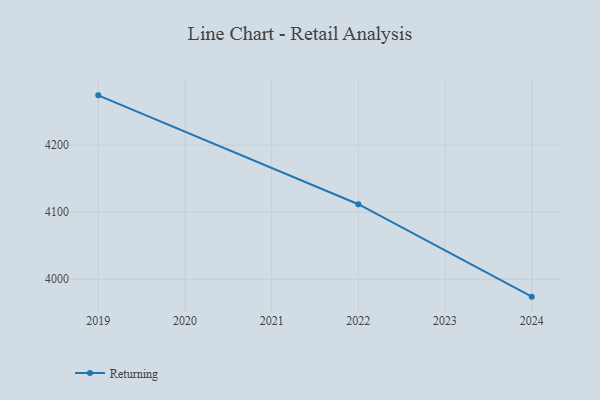
{"axis": {"x": "Year", "y": "LTV (USD)"}, "legend": ["Returning"], "data": [{"x": "2019", "y": 4274.4, "type": "Returning"}, {"x": "2022", "y": 4111.9, "type": "Returning"}, {"x": "2024", "y": 3973.9, "type": "Returning"}]}